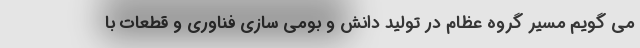
می گویم مسیر گروه عظام در تولید دانش و بومی سازی فناوری و قطعات با